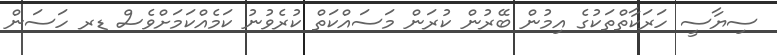
ސިޔާސީ ހަރަކާތްތަކުގެ އިމުން ބޭރުން ކުރަން މަަސައްކަތް ކުރެވުނު ކަމެއްކަމަށްވެސް ޑރ ހަސަން